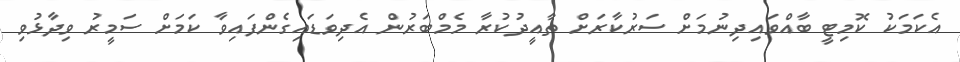
އެކަމަކު ކޮމިޓީ ބާއްވައިދިނުމަށް ސަރުކާރަށް ތާއީދުކުރާ މެމްބަރުން އެދިވަޑައިގެންފައިވާ ކަމަށް ސަމީރު ވިދާޅުވި